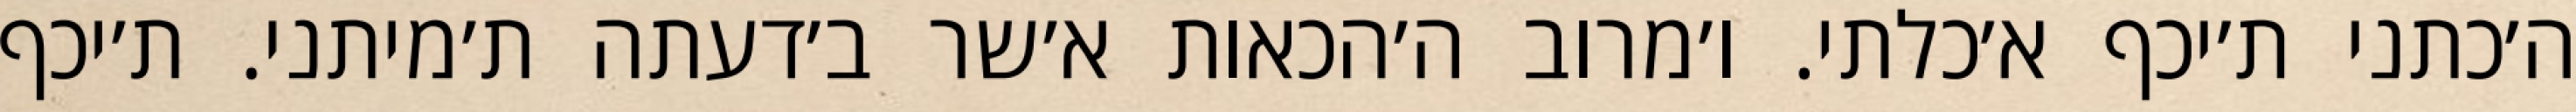
ה׳כתני ת׳יכף א׳כלתי. ו׳מרוב ה׳הכאות א׳שר ב׳דעתה ת׳מיתני. ת׳יכף